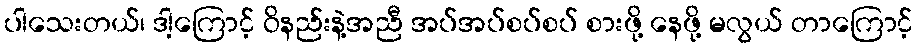
ပါသေးတယ်၊ ဒါ့ကြောင့် ဝိနည်းနဲ့အညီ အပ်အပ်စပ်စပ် စားဖို့ နေဖို့ မလွယ် တာကြောင့်